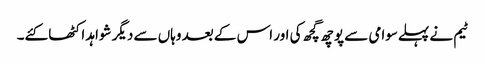
ٹیم نے پہلےسوامی سے پوچھ گچھ کی اور اس کے بعد وہاں سے دیگر شواہد اکٹھا کئے۔